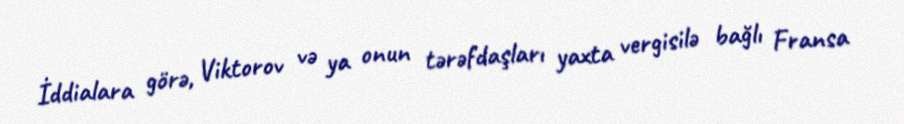
İddialara görə, Viktorov və ya onun tərəfdaşları yaxta vergisilə bağlı Fransa